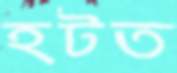
হটত